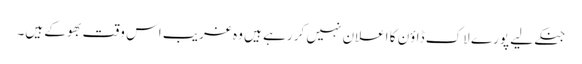
جنکے لیے پورے لاک ڈاؤن کا اعلان نہیں کر رہے ہیں وہ غریب اس وقت بھوکے ہیں۔